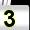
Digit: 3